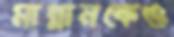
মান্নানকেও